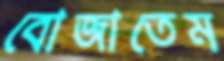
বোজাতেম